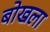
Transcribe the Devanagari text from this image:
बोखला